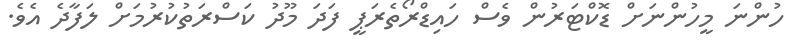
ހުންނަ މީހުންނަށް ޑޮކްޓަރުން ވެސް ހައިޑްރޯތެރަޕީ ފަދަ މޫދު ކަސްރަތުކުރުމަށް ލަފާދެ އެވެ.